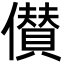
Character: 儧